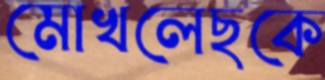
মোখলেছকে